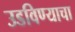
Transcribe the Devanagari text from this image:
उडविण्याचा